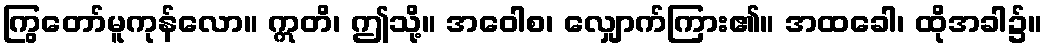
ကြွတော်မူကုန်လော။ ဣတိ၊ ဤသို့။ အဝေါစ၊ လျှောက်ကြား၏။ အထခေါ၊ ထိုအခါ၌။